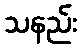
သနည်း